Vaccination in the Punjab 1897-1904 - 1897-1904
Year: 1897
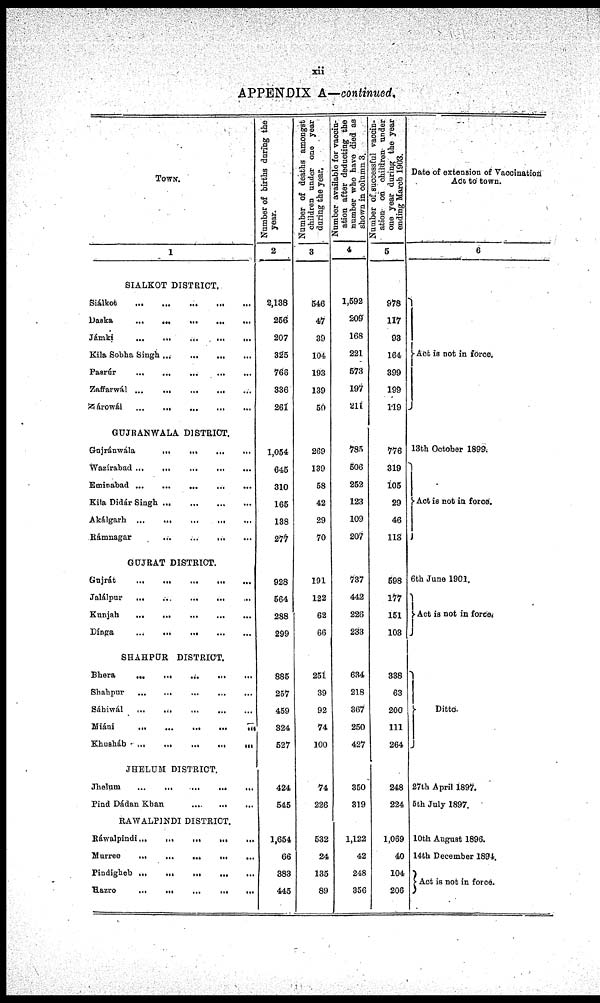
xii
APPENDIX A—continued.
TOWN.
1
SIALKOT DISTRICT.
Siálkot
...
...
...
...
...
Daska
...
...
...
...
...
Jámki
...
...
...
...
...
Kila Sobha Singh ... ... ... ... ...
Pasrúr
...
...
...
...
...
Zaffarwál ... ... ... ... ...
Nárowál
...
...
...
...
...
GUJRANWALA DISTRICT.
Gujránwála
...
...
...
...
...
Wazírabad
...
...
...
...
...
Eminabad
...
...
...
...
...
Kila Didár Singh ... ... ... ... ...
Akálgarh
...
...
...
...
...
Rámnagar
GUJRAT DISTRICT.
Gujrát
...
...
...
...
...
Jalálpur
...
...
...
...
...
Kunjah
...
...
...
...
...
Dínga
...
...
...
...
...
SHAHPUR DISTRICT.
Bhera
...
...
...
...
...
Shahpur
...
...
...
...
...
Sáhiwál
...
...
...
...
...
Miáni
...
...
...
...
...
Khusháb
...
...
...
...
...
JHELUM DISTRICT.
Jhelum
...
...
...
...
...
Pind Dádan Khan ... ... ... ... ...
RAWALPINDI DISTRICT.
Ráwalpindi
...
...
...
...
...
Murree
...
...
...
...
...
Pindigheb ... ... ... ... ...
Hazro
...
...
...
...
...
Number of births during the
year.
2
2,138
256
207
325
766
336
261
1,054
645
310
165
138
277
928
564
288
299
885
257
459
324
527
424
545
1,654
66
383
445
Number of deaths amongst
children under one year
during the year.
3
546
47
39
104
193
139
50
269
139
58
42
29
70
191
122
62
66
251
39
92
74
100
74
226
532
24
135
89
Number available for vaccin-
ation after deducting the
number who have died as
shown in column 3.
4
1,592
209
168
221
573
197
211
785
506
252
123
109
207
737
442
226
233
634
218
367
250
427
350
319
1,122
42
248
356
Number of successful vaccin¬
ation on children under
one year during the year
ending March 1903.
5
978
117
93
164
399
199
119
776
319
105
29
46
113
598
177
151
103
338
63
200
111
264
248
224
1,069
40
104
206
Date of extension of Vaccination
Act to town.
6
Act is not in force.
13th October 1899.
Act is not in force.
6th June 1901.
Act is not in force.
Ditto.
27th April 1897.
5th July 1897.
10th August 1896.
14th December 1894.
Act is not in force.